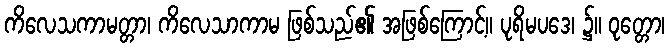
ကိလေသကာမတ္တာ၊ ကိလေသာကာမ ဖြစ်သည်၏ အဖြစ်ကြောင့်။ ပုရိမပဒေ၊ ၌။ ဝုတ္တော၊